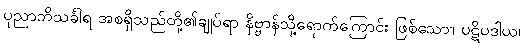
ပုညာဘိသင်္ခါရ အစရှိသည်တို့၏ချုပ်ရာ နိဗ္ဗာန်သို့ရောက်ကြောင်း ဖြစ်သော။ ပဋိပဒါယ၊